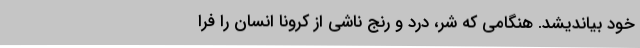
خود بیاندیشد. هنگامی که شر، درد و رنج ناشی از کرونا انسان را فرا